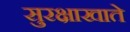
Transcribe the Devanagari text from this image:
सुरक्षाखाते